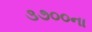
૩૭૦૦ના